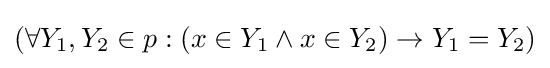
(\forall Y_{1},Y_{2}\in p:(x\in Y_{1}\land x\in Y_{2})\rightarrow Y_{1}=Y_{2})